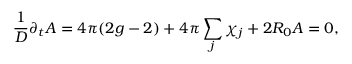
\frac { 1 } { D } \partial _ { t } A = 4 \pi ( 2 g - 2 ) + 4 \pi \sum _ { j } \chi _ { j } + 2 R _ { 0 } A = 0 ,